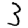
Digit: 3